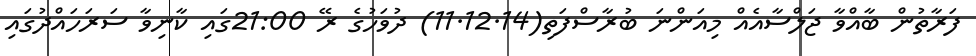
ފަރާތުން ބާއްވާ ޖަލްސާއެއް މިއަންނަ ބުރާސްފަތި(11.12.14) ދުވަހުގެ ރޭ 21:00ގައި ކާނިވާ ސަރަހައްދުގައި